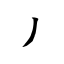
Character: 丿